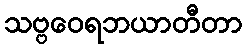
သဗ္ဗဝေရဘယာတီတာ